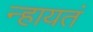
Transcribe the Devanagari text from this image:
न्हायतं